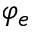
\varphi _ { e }